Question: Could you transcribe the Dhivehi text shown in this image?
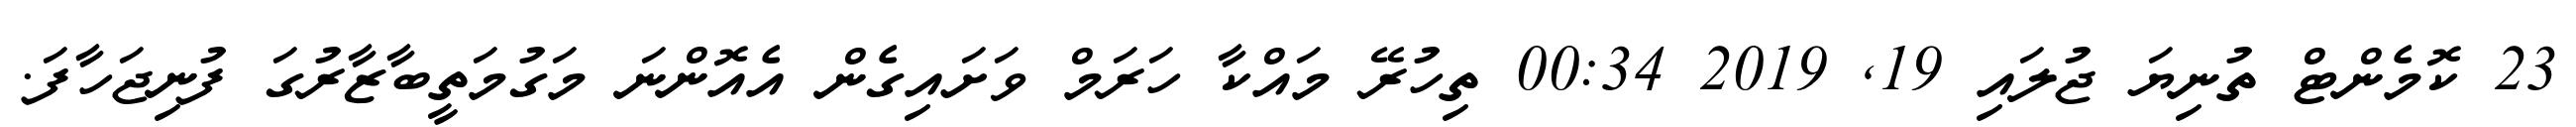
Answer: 23 ކޮމެންޓް ތުނިޔަ ޖުލައި 19, 2019 00:34 ތިހުރޭ މައްކާ ހަރަމް ވަށައިގެން އެއޮންނަ މަގުމަތީބާޒާރުގަ ފުނިޖަހާފަ.